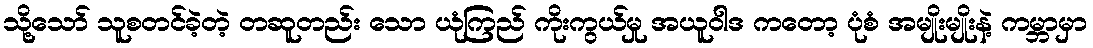
သို့သော် သူစတင်ခဲ့တဲ့ တဆူတည်း သော ယုံကြည် ကိုးကွယ်မှု အယူဝါဒ ကတော့ ပုံစံ အမျိုးမျိုးနဲ့ ကမ္ဘာမှာ